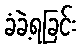
ခံခဲ့ရခြင်း